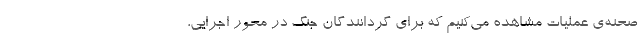
صحنه‌ی عملیات مشاهده می‌کنیم که برای گردانندگان جنگ در محور اجرایی،